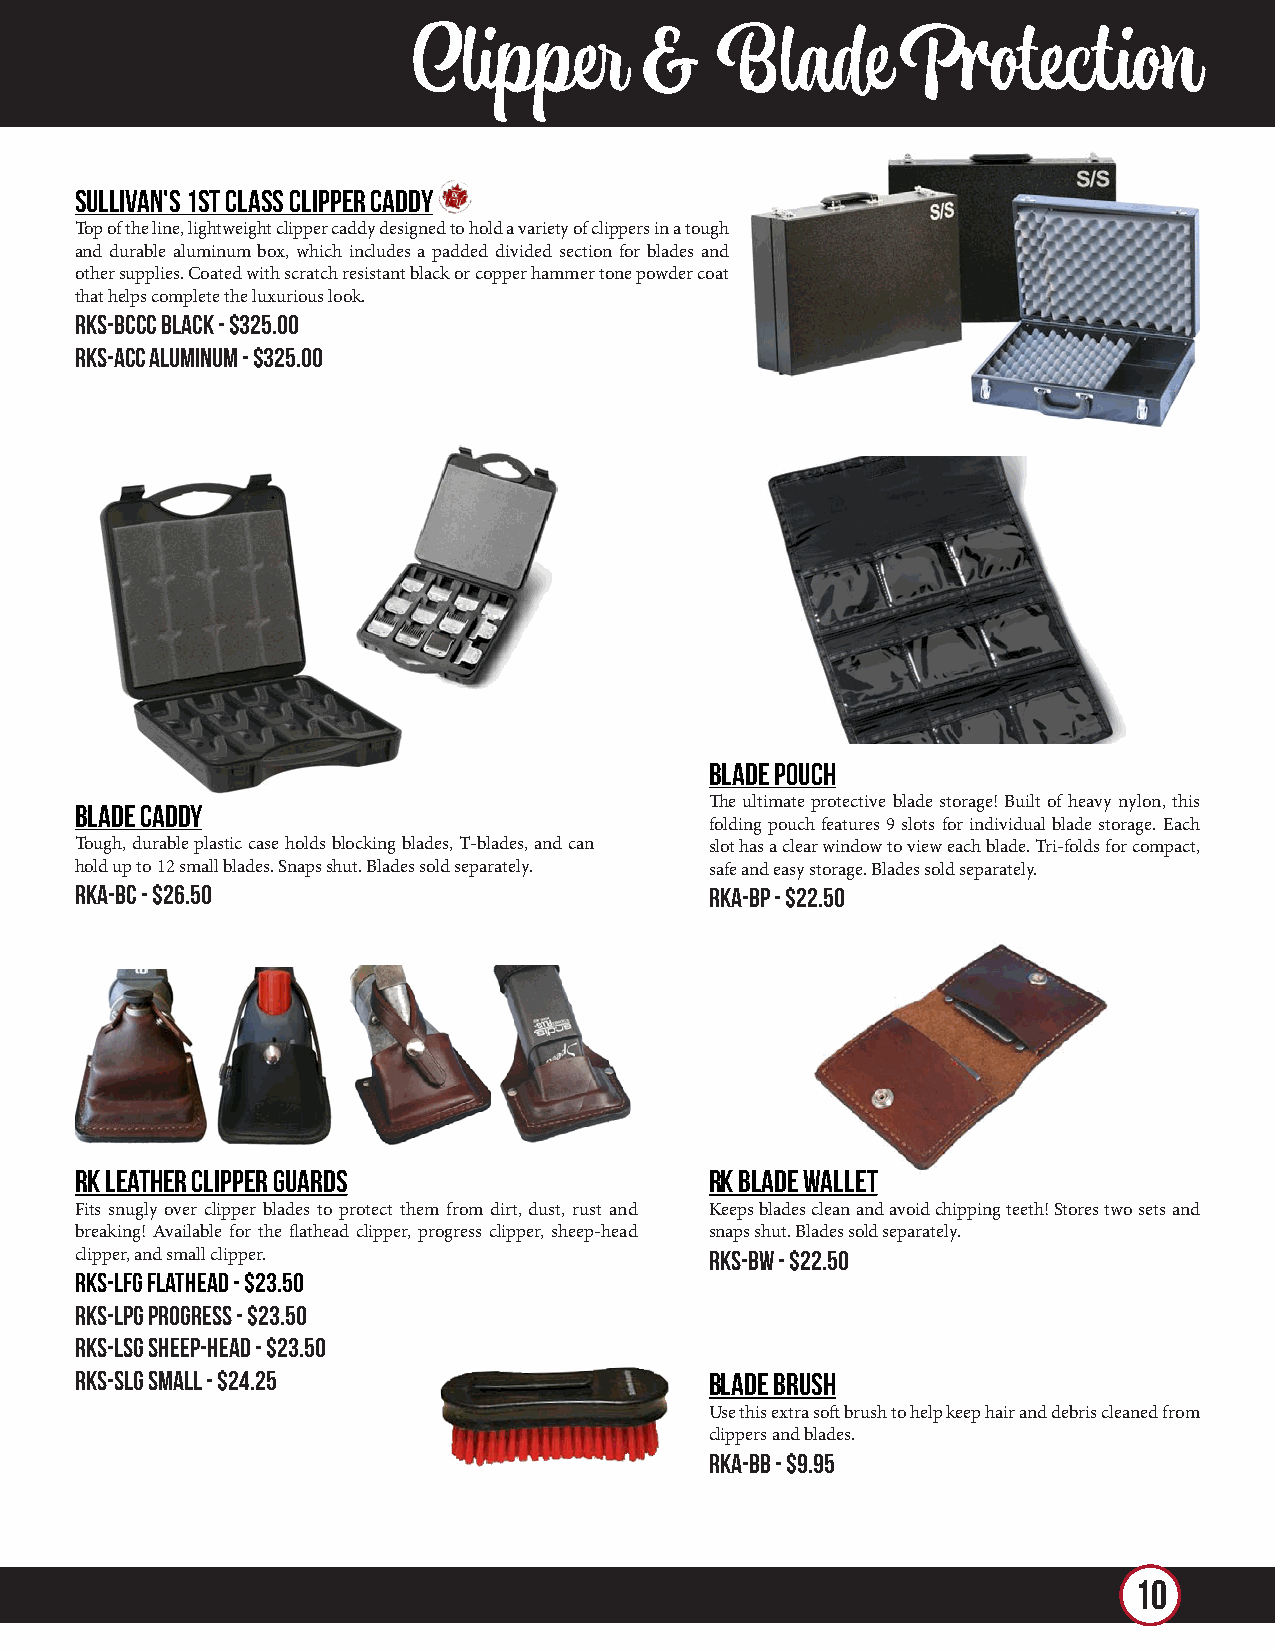
Clipper        &    Blade        Protection
 Sullivan's 1st Class Clipper Caddy
 Top of the line, lightweight clipper caddy designed to hold a variety of clippers in a tough
 and durable aluminum box, which includes a padded divided section for blades and
 other supplies. Coated with scratch resistant black or copper hammer tone powder coat
 that helps complete the luxurious look.
 RKS-BCCC Black - $325.00
 RKS-ACC Aluminum - $325.00
 Blade Pouch
 Blade Caddy                               The ultimate protective blade storage! Built of heavy nylon, this
 folding pouch features 9 slots for individual blade storage. Each
 Tough, durable plastic case holds blocking blades, T-blades, and can slot has a clear window to view each blade. Tri-folds for compact,
 hold up to 12 small blades. Snaps shut. Blades sold separately. safe and easy storage. Blades sold separately.
 RKA-BC - $26.50                           RKA-BP - $22.50
 RK Leather Clipper Guards                 RK Blade Wallet
 Fits snugly over clipper blades to protect them from dirt, dust, rust and Keeps blades clean and avoid chipping teeth! Stores two sets and
 breaking! Available for the flathead clipper, progress clipper, sheep-head snaps shut. Blades sold separately.
 clipper, and small clipper.               RKS-BW - $22.50
 RKS-LFG Flathead - $23.50
 RKS-LPG Progress - $23.50
 RKS-LSG Sheep-head - $23.50
 RKS-SLG Small - $24.25                    Blade Brush
 Use this extra soft brush to help keep hair and debris cleaned from
 clippers and blades.
 RKA-BB - $9.95
 10